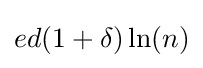
ed(1+\delta )\ln(n)